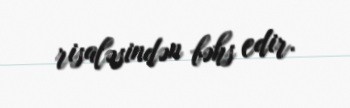
risaləsindən bəhs edir.